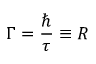
\Gamma = \frac { \hbar } { \tau } \equiv R